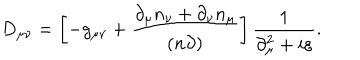
D _ { \mu \nu } = \left[ - g _ { \mu \nu } + \frac { \partial _ { \mu } n _ { \nu } + \partial _ { \nu } n _ { \mu } } { ( n \partial ) } \right] \frac { 1 } { \partial _ { \mu } ^ { 2 } + i \varepsilon } .